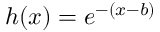
h ( x ) = e ^ { - ( x - b ) }